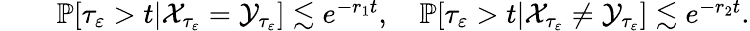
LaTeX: \begin{array}{rlr}&{}&{\mathbb{P}[\tau_{\varepsilon}>t|{\mathcal X}_{\tau_{\varepsilon}}={\mathcal Y}_{\tau_{\varepsilon}}]\lesssim e^{-r_{1}t},\quad\mathbb{P}[\tau_{\varepsilon}>t|{\mathcal X}_{\tau_{\varepsilon}}\neq{\mathcal Y}_{\tau_{\varepsilon}}]\lesssim e^{-r_{2}t}.}\end{array}